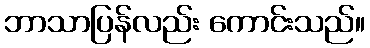
ဘာသာပြန်လည်း ကောင်းသည်။